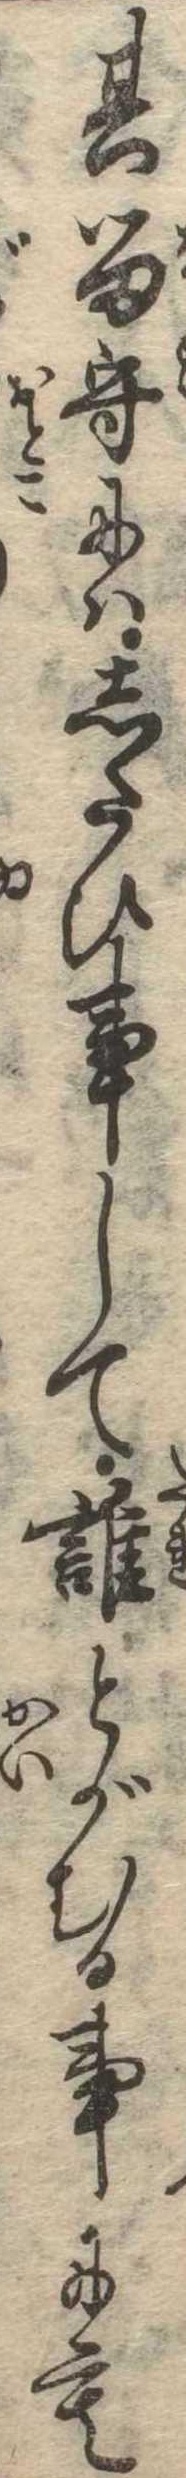
其留守にはしたひ事して誰とがむる事にも